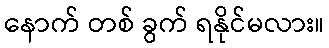
နောက် တစ် ခွက် ရနိုင်မလား။